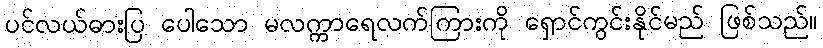
ပင်လယ်ဓားပြ ပေါသော မလက္ကာရေလက်ကြားကို ရှောင်ကွင်းနိုင်မည် ဖြစ်သည်။